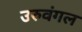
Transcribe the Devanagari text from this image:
उरुवंगल